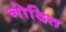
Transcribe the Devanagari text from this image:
नोदित